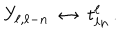
LaTeX: Y _ { \ell , \ell - n } \ \leftrightarrow \ t _ { \ell n } ^ { \ell } \, .